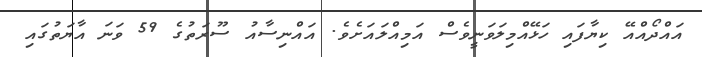
އައްދޯއްއޭ ކިޔާފައި ހަޅޭއްމިލަވަނީވެސް އަމިއްލައަށެވެ. އައްނިސާއު ސޫރަތުގެ 59 ވަނަ އާޔަތުގައި